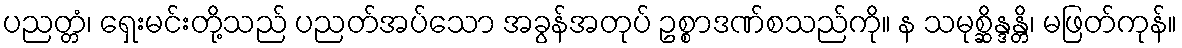
ပညတ္တံ၊ ရှေးမင်းတို့သည် ပညတ်အပ်သော အခွန်အတုပ် ဥစ္စာဒဏ်စသည်ကို။ န သမုစ္ဆိန္ဒန္တိ၊ မဖြတ်ကုန်။